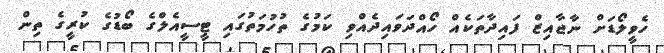
ހެވީލޯޑަށް ނާޖާއިޒް ފައިދާތަކެއް ހޯއްދަވައިދެއްވި ކަމުގެ ތުހުމަތުގައި ޓީސީއެލްގެ ބޯޑުގެ ކުރީގެ ތިން